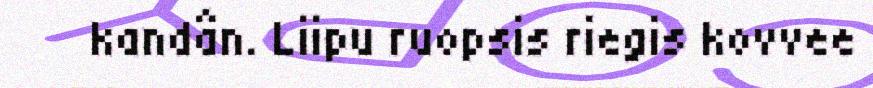
kandân. Liipu ruopsis riegis kovvee